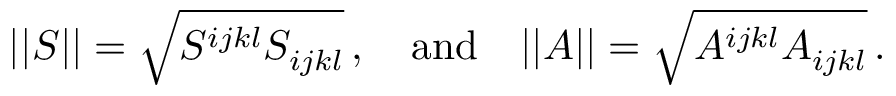
| | S | | = \sqrt { S ^ { i j k l } S _ { i j k l } } \, , \quad \mathrm { a n d } \quad | | A | | = \sqrt { A ^ { i j k l } A _ { i j k l } } \, .